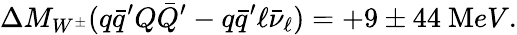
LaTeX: \Delta M_{W^{\pm}}(q\bar{q}^{\prime}Q\bar{Q}^{\prime}-q\bar{q}^{\prime}\ell\bar{\nu}_{\ell})=+9\pm 44~{\mathrm MeV}.